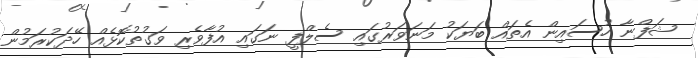
ޝަފްނާ ހުސައިން އެތައް ބަޔަކު މަނަވަރުގައި ސެލްފީ ނަގައި އުފާވެރި ވަގުތުކޮޅެއް ހޭދަކުރަމުން